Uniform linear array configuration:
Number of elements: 32
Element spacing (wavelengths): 0.5
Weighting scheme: hamming
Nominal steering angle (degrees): -15
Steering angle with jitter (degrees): -15.563
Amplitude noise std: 0.05
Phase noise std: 0.05

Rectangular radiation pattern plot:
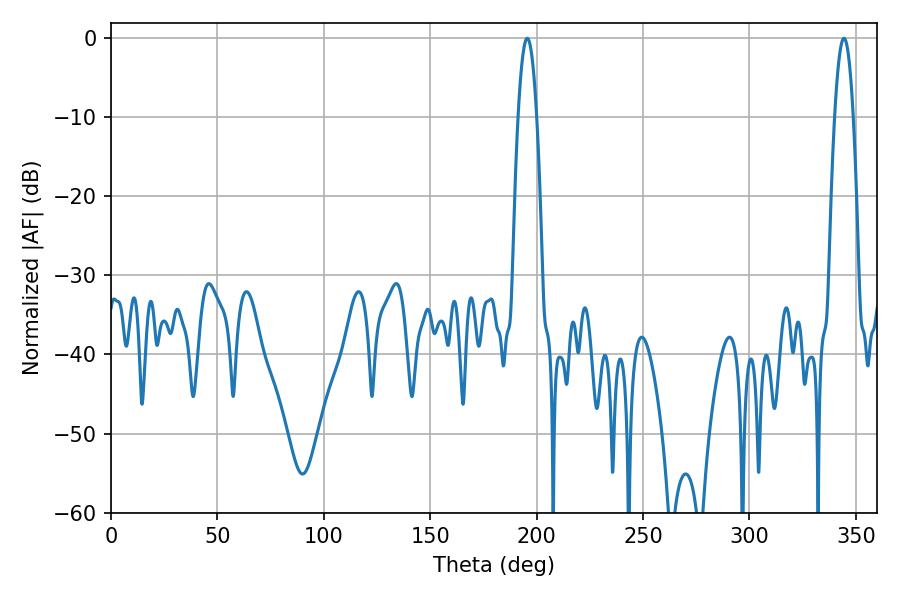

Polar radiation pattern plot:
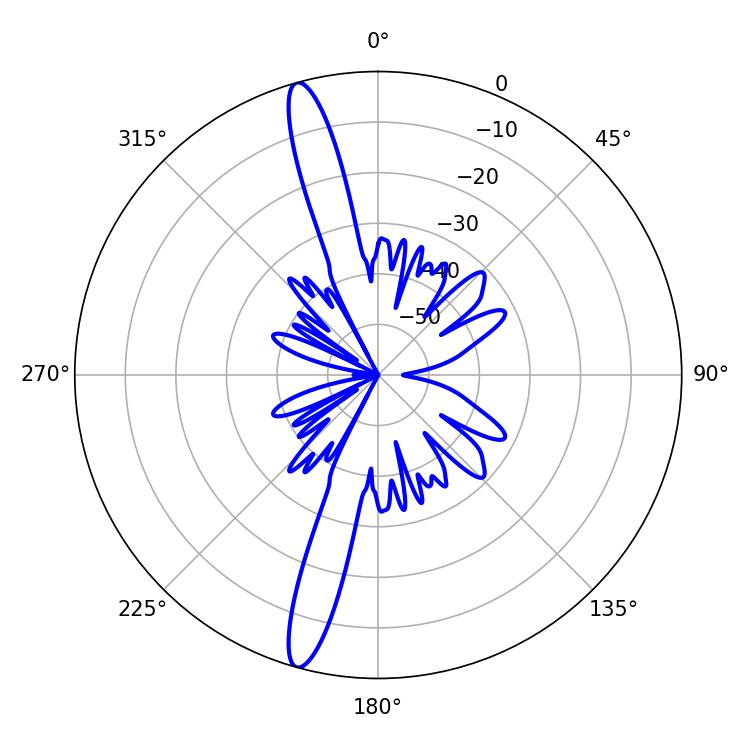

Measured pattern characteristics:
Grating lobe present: FALSE
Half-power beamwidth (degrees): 4.86
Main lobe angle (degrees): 195.66